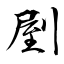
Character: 剭